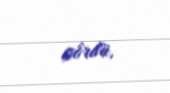
gördü.